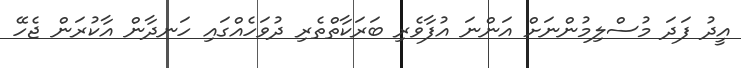
އީދު ފަދަ މުސްލިމުންނަށް އަންނަ އުފާވެރި ބަރަކާތްތެރި ދުވަހެއްގައި ހަނދާން އާކުރަން ޖެހޭ